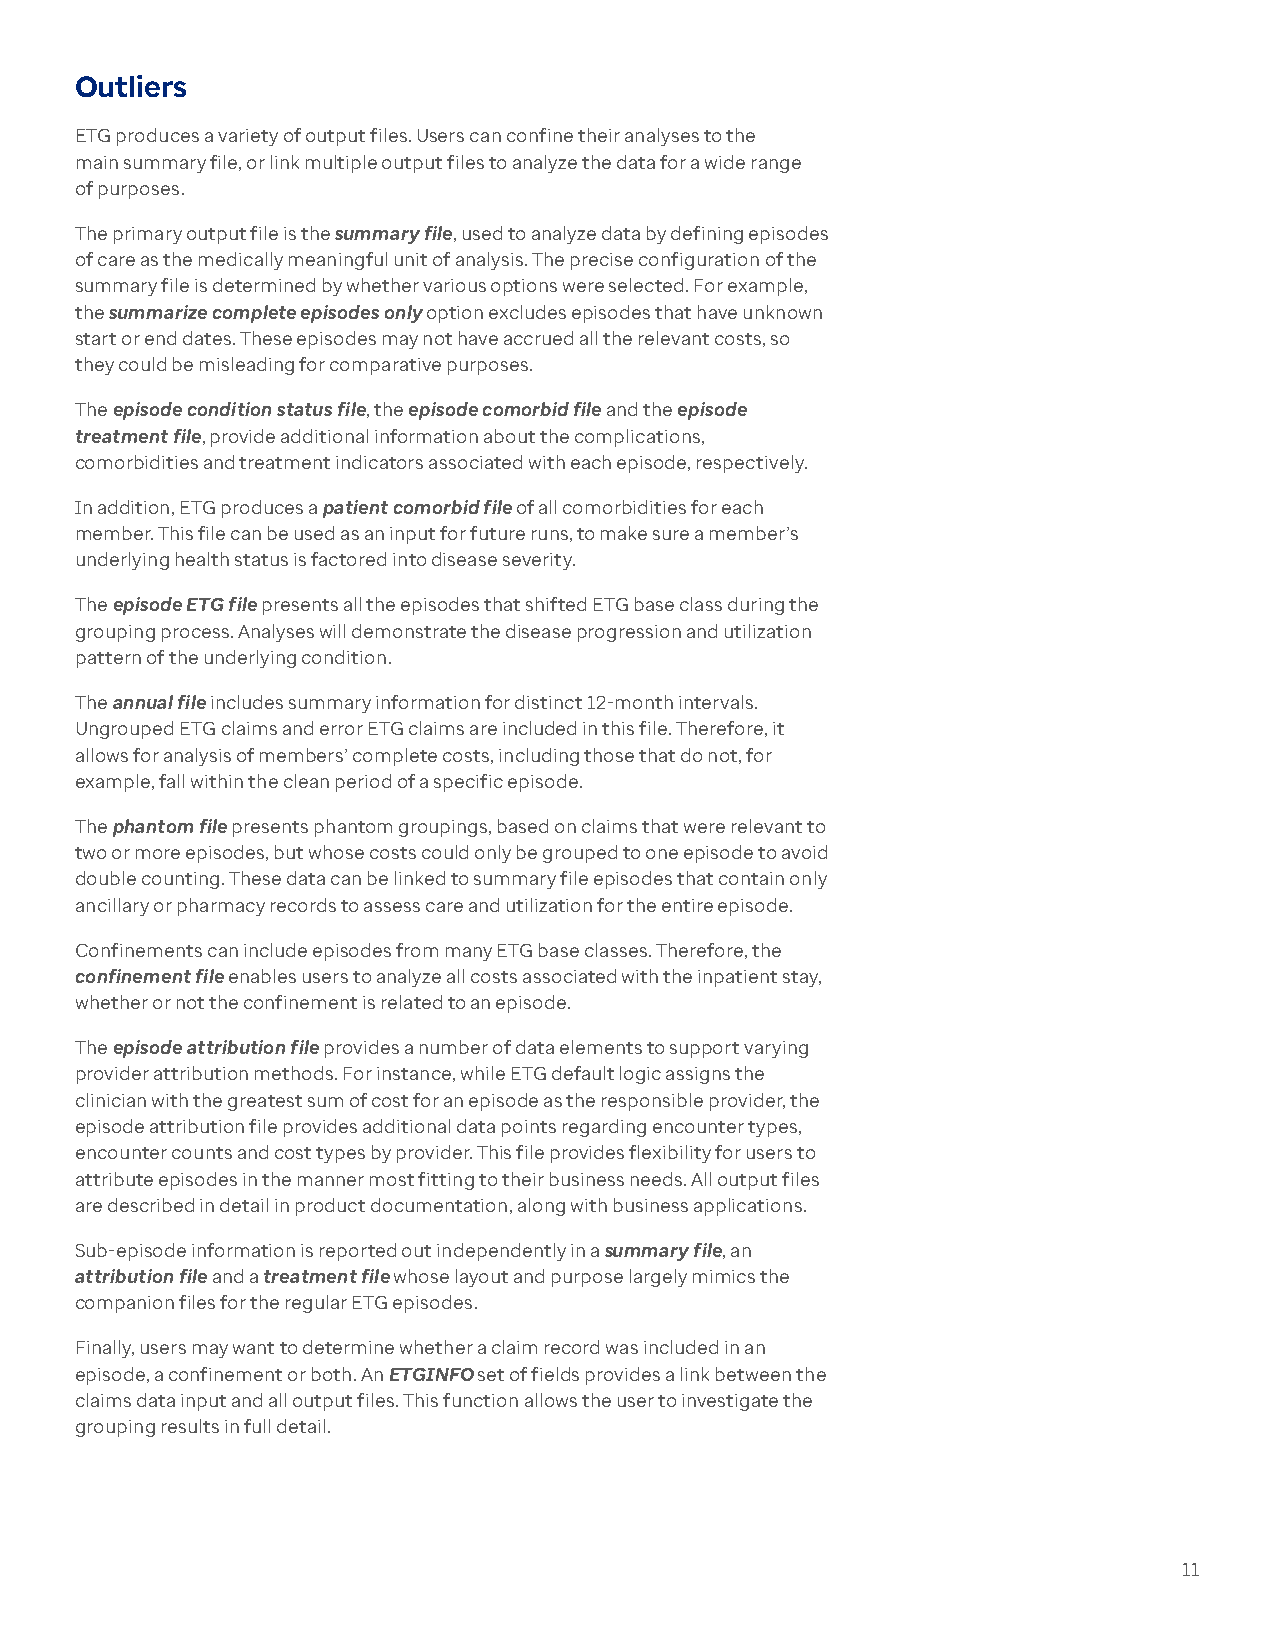
Outliers
 ETG produces a variety of output files. Users can confine their analyses to the
 main summary file, or link multiple output files to analyze the data for a wide range
 of purposes.
 The primary output file is the summary file, used to analyze data by defining episodes
 of care as the medically meaningful unit of analysis. The precise configuration of the
 summary file is determined by whether various options were selected. For example,
 the summarize complete episodes only option excludes episodes that have unknown
 start or end dates. These episodes may not have accrued all the relevant costs, so
 they could be misleading for comparative purposes.
 The episode condition status file, the episode comorbid file and the episode
 treatment file, provide additional information about the complications,
 comorbidities and treatment indicators associated with each episode, respectively.
 In addition, ETG produces a patient comorbid file of all comorbidities for each
 member. This file can be used as an input for future runs, to make sure a member’s
 underlying health status is factored into disease severity.
 The episode ETG file presents all the episodes that shifted ETG base class during the
 grouping process. Analyses will demonstrate the disease progression and utilization
 pattern of the underlying condition.
 The annual file includes summary information for distinct 12-month intervals.
 Ungrouped ETG claims and error ETG claims are included in this file. Therefore, it
 allows for analysis of members’ complete costs, including those that do not, for
 example, fall within the clean period of a specific episode.
 The phantom file presents phantom groupings, based on claims that were relevant to
 two or more episodes, but whose costs could only be grouped to one episode to avoid
 double counting. These data can be linked to summary file episodes that contain only
 ancillary or pharmacy records to assess care and utilization for the entire episode.
 Confinements can include episodes from many ETG base classes. Therefore, the
 confinement file enables users to analyze all costs associated with the inpatient stay,
 whether or not the confinement is related to an episode.
 The episode attribution file provides a number of data elements to support varying
 provider attribution methods. For instance, while ETG default logic assigns the
 clinician with the greatest sum of cost for an episode as the responsible provider, the
 episode attribution file provides additional data points regarding encounter types,
 encounter counts and cost types by provider. This file provides flexibility for users to
 attribute episodes in the manner most fitting to their business needs. All output files
 are described in detail in product documentation, along with business applications.
 Sub-episode information is reported out independently in a summary file, an
 attribution file and a treatment file whose layout and purpose largely mimics the
 companion files for the regular ETG episodes.
 Finally, users may want to determine whether a claim record was included in an
 episode, a confinement or both. An ETGINFO set of fields provides a link between the
 claims data input and all output files. This function allows the user to investigate the
 grouping results in full detail.
 11